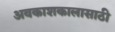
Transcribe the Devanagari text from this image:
अवकाशकालासाठी